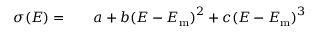
\begin{array} { r l r } { \sigma ( E ) = } & { { } } & { a + b { ( E - E _ { \mathrm { m } } ) } ^ { 2 } + c { ( E - E _ { \mathrm { m } } ) } ^ { 3 } } \end{array}